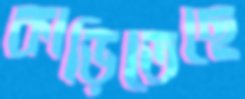
কাড়িতেছে